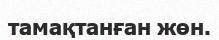
тамақтанған жөн.